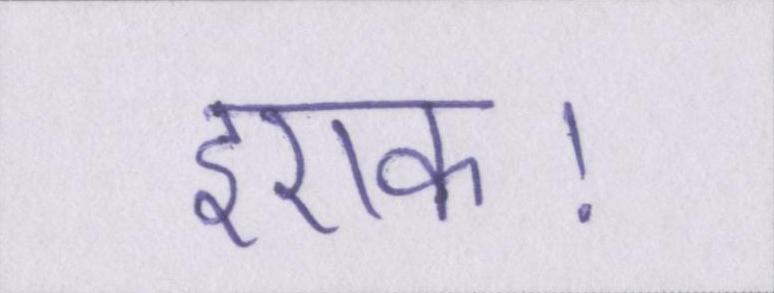
इराक।